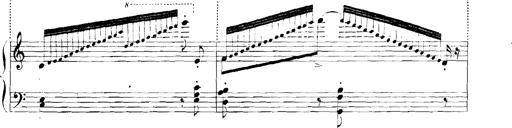
Title: Rhapsodies hongroises
Composer: Franz Liszt